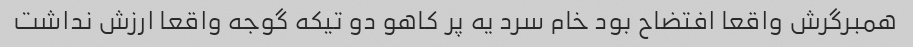
همبرگرش واقعا افتضاح بود خام سرد یه پر کاهو دو تیکه گوجه واقعا ارزش نداشت